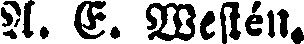
A. E. Westén.